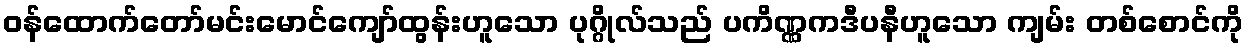
ဝန်ထောက်တော်မင်းမောင်ကျော်ထွန်းဟူသော ပုဂ္ဂိုလ်သည် ပကိဏ္ဏကဒီပနီဟူသော ကျမ်း တစ်စောင်ကို